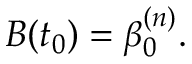
B ( t _ { 0 } ) = \beta _ { 0 } ^ { ( n ) } .